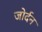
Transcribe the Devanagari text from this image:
जोर्दन